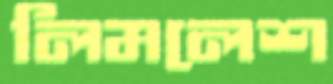
লিমলেশ